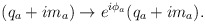
\begin{align*}(q_a + i m_a) \rightarrow e^{i\phi_a}(q_a + i m_a).\end{align*}